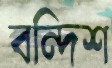
বন্দিশ